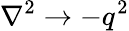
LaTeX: \nabla^{2}\rightarrow-q^{2}